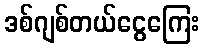
ဒစ်ဂျစ်တယ်ငွေကြေး